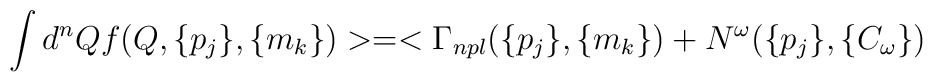
\int d^{n}Q f (Q,\{p_{j}\},\{m_{k}\}) >=< \Gamma_{npl} (\{p_{j}\},\{m_{k}\}) + N^{\omega} (\{p_{j}\}, \{C_{\omega}\})